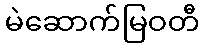
မဲဆောက်မြဝတီ